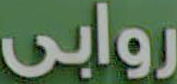
روابي